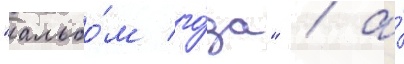
"альбо́м го́да" / а́